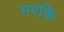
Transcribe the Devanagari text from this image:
मरकि